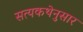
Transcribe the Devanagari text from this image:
सत्यकथेनुसार